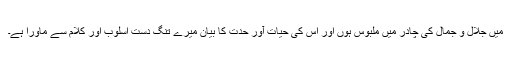
میں جلال و جمال کی چادر میں ملبوس ہوں اور اِس کی حیات آور حِدت کا بیان میرے تنگ دست اسلوب اور کلام سے ماورا ہے۔